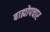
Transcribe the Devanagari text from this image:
बाह्योपचार